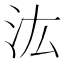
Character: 汯